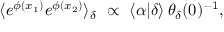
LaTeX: \langle e ^ { \phi ( x _ { 1 } ) } e ^ { \phi ( x _ { 2 } ) } \rangle _ { \delta } ~ \propto ~ \langle \alpha | \delta \rangle \, \theta _ { \delta } ( 0 ) ^ { - 1 } ,